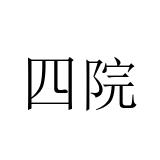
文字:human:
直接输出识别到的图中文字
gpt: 四院